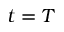
t = T